Indian Civil Veterinary Department memoirs
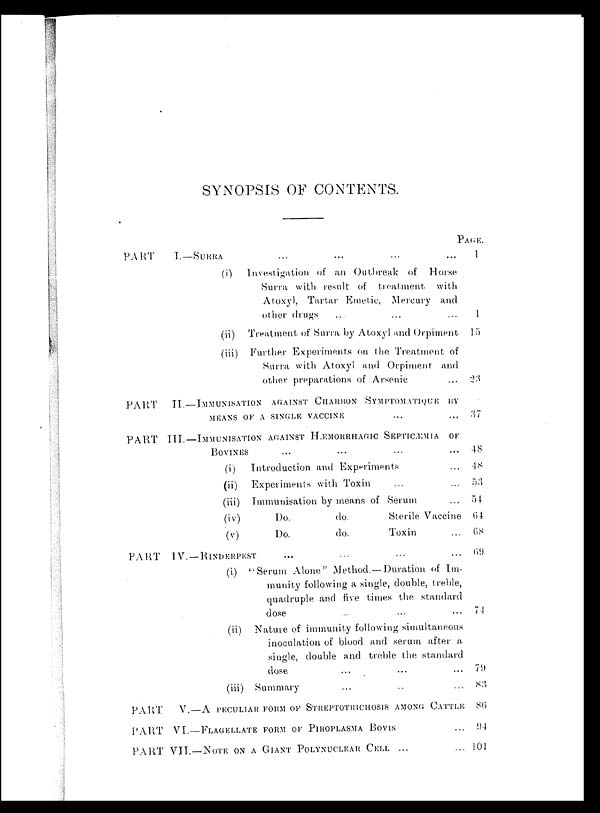
SYNOPSIS OF CONTENTS.
PART I.—SURRA ... ... ... ...
(i) Investigation of an Outbreak of Horse
Surra with result of treatment, with
Atoxyl, Tartar Emetic, Mercury and
other drugs ... ... ...
(ii) Treatment of Surra by Atoxyl and Orpiment
(iii) Further Experiments on the Treatment of
Surra with Atoxyl and Orpiment and
other preparations of Arsenic ...
PART II.—IMMUNISATION AGAINST CHARBON SYMPTOMATIQUE BY
MEANS OF A SINGLE VACCINE ... ...
PART III.—IMMUNISATION AGAINST HÆMORRHAGIC SEPTICÆMIA OF
BOVINES ... ... ... ...
(i)
Introduction and Experiments ...
(ii) Experiments with Toxin ... ...
(iii) Immunisation by means of Serum ...
(iv)
Do.
do.
Sterile Vaccine
(v)
Do.
do.
Toxin ...
PART IV.-RINDERPEST ... ... ... ...
(i) " Serum Alone " Method.—Duration of Im-
munity following a single, double, treble,
quadruple and five times the standard
dose ... ...
(ii) Nature of immunity following simultaneous
inoculation of blood and serum after a
single, double and treble the standard
dose ... ... ...
(iii) Summary ... ... ...
PART
V.—A PECULIAR FORM OF STREPTOTRICHOSIS AMONG CATTLE
PART VI.—FLAGELLATE FORM OF PIROPLASMA BOVIS ...
PART VII.—NOTE ON A GIANT POLYNUCLEAR CELL ... ...
PAGE.
1
1
15
23
37
48
48
53
54
64
68
69
74
79
83
86
94
101